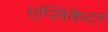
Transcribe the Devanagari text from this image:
एप्लिकेटर